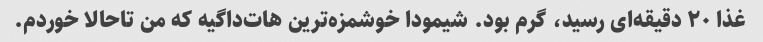
غذا ۲۰ دقیقه‌ای رسید، گرم بود. شیمودا خوشمزه‌ترین هات‌داگیه که من تا‌حالا خوردم.